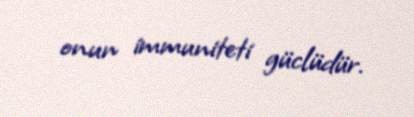
onun immuniteti güclüdür.